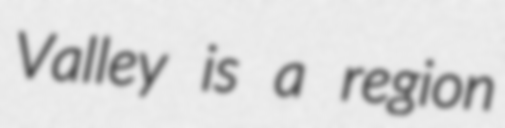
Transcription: Valley is a region